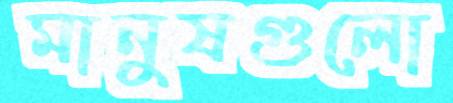
মানুষগুলো